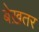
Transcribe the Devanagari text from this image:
बेख़तर